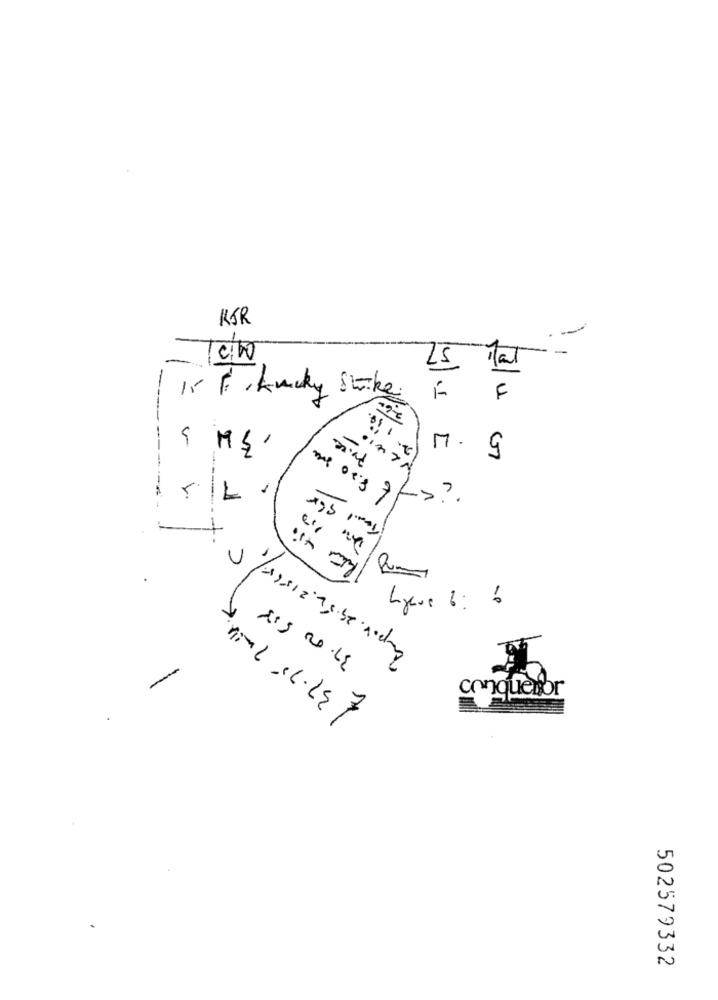
KJR
-
25
4
15 F, Lucky Strike.
F
20.00
5
M.
------------
s ?.
moi's 7
-
ampor. 25.52.21565/ 5
X.
₹ 37.75 201.
37.00 508
conqueror
502579332